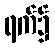
ရက်၌